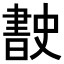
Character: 𭨡